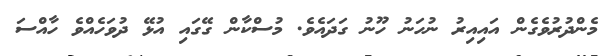
މެންދުރުވެގެން އައިއިރު ނުހަނު ހޫނު ގަދައެވެ. މުސްކާން ގޭގައި އުޅޭ ދުވަހެއްވެ ހާއްސަ